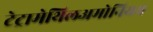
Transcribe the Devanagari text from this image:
टेट्रामेथिलअमोनियम